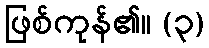
ဖြစ်ကုန်၏။ (၃)